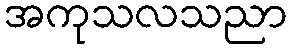
အကုသလသညာ